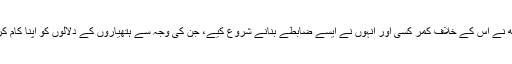
جنرل وی کے سنگھ نے اس کے خلاف کمر کسی اور انہوں نے ایسے ضابطے بنانے شروع کیے، جن کی وجہ سے ہتھیاروں کے دلالوں کو اپنا کام کرنا مشکل لگنے لگا۔